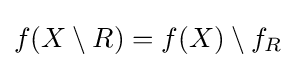
f(X\setminus R)=f(X)\setminus f_{R}